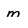
Character: m